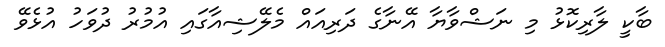
ބާކީ ލާރިކޮޅު މި ނަޝްވާޔާ އޭނާގެ ދަރިއައް މެލޭޝިއާގައި އުމުރު ދުވަހު އުޅެވޭ